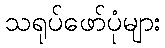
သရုပ်ဖော်ပုံများ